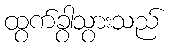
ထွက်ခွာသွားသည်